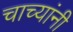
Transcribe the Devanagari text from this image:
चाच्यांनी